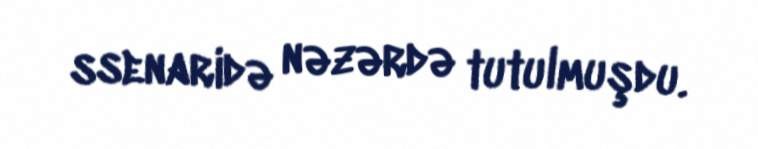
ssenaridə nəzərdə tutulmuşdu.